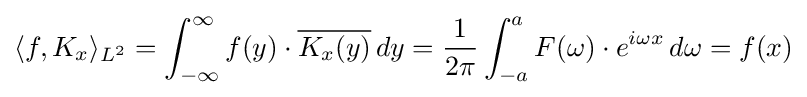
\langle f,K_{x}\rangle _{L^{2}}=\int _{-\infty }^{\infty }f(y)\cdot {\overline {K_{x}(y)}}\,dy={\frac {1}{2\pi }}\int _{-a}^{a}F(\omega )\cdot e^{i\omega x}\,d\omega =f(x)